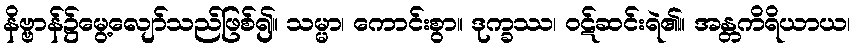
နိဗ္ဗာန်၌မွေ့လျော်သည်ဖြစ်၍။ သမ္မာ၊ ကောင်းစွာ။ ဒုက္ခဿ၊ ဝဋ်ဆင်းရဲ၏။ အန္တကိရိယာယ၊